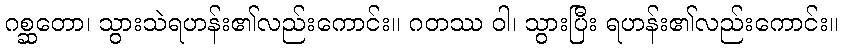
ဂစ္ဆတော၊ သွားသဲရဟန်း၏လည်းကောင်း။ ဂတဿ ဝါ၊ သွားပြီး ရဟန်း၏လည်းကောင်း။